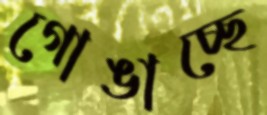
গোঙাচ্ছে